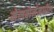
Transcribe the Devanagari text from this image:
मेलबोर्नमधील